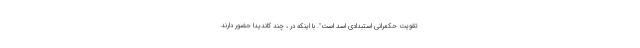
تقویت حکمرانی استبدادی اسد است". با اینکه در ، چند کاندیدا حضور دارند